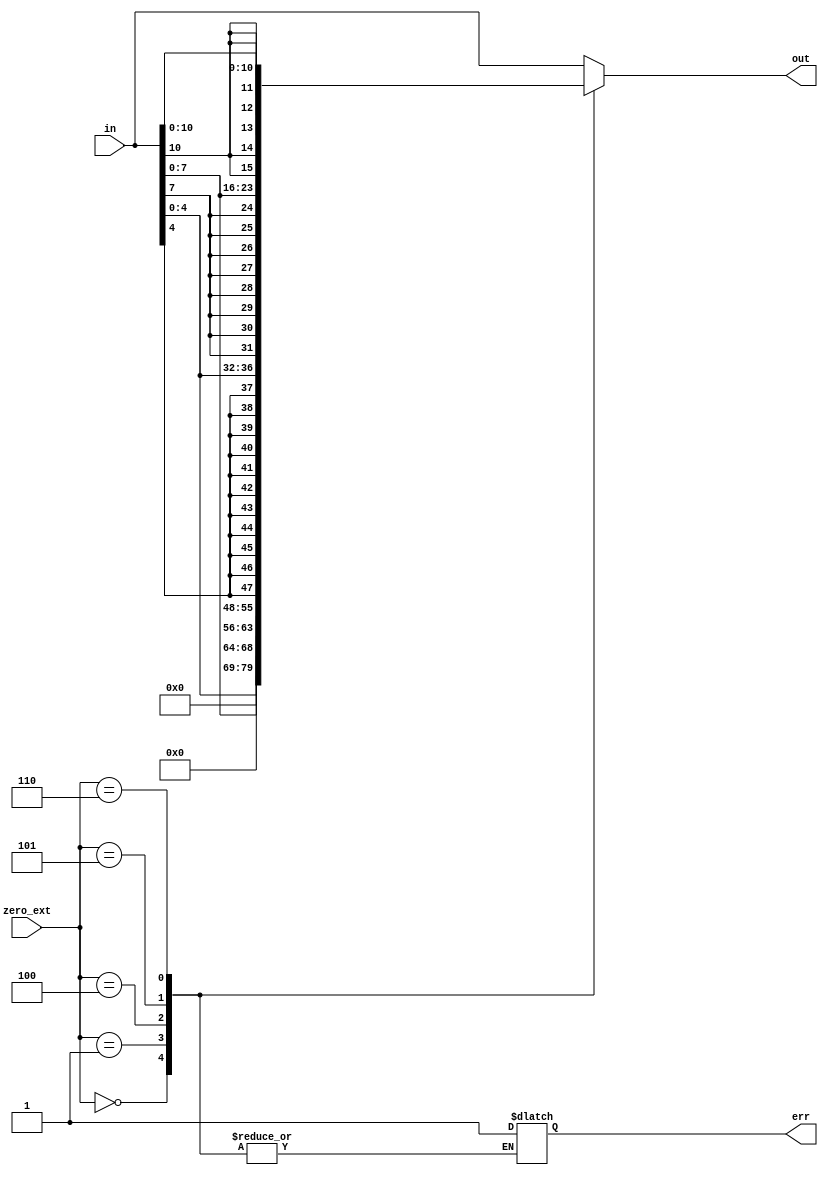
module sign_ext(out, err, in, zero_ext);
    output reg[15:0] out;
    output reg err;
    input wire[15:0] in; //Takes full 16-bit instruction 
    input wire[2:0] zero_ext;
    // zero_ext[sign_bit, input # [2:0]]
    always @* begin
        case(zero_ext)  // Zero-extend; zero extends are built into verilog when 
                        //the input length doesn't match the module length
            3'b000: begin   // Zero Ext 5 bits
                out = in[4:0];
            end    
            3'b001: begin   // Zero Ext 8 bits
                out = in[7:0];
            end 
            3'b100: begin // Sign Ext 5 bits
                out = {{11{in[4]}},in[4:0]};
            end        
            3'b101: begin // Sign Ext 8 bits
                out = {{8{in[7]}},in[7:0]};
            end
            3'b110: begin // Sign Ext 11 bits
                out = {{5{in[10]}},in[10:0]};
            end
            default: begin
                out = in;
                err = 1'b1;
            end
        endcase
    end

endmodule